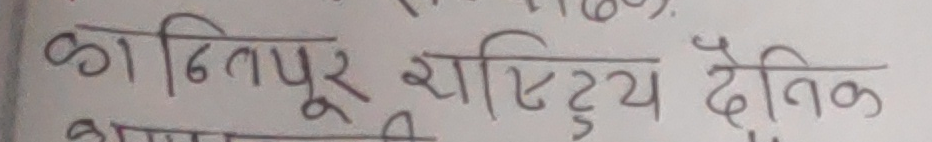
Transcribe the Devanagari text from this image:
कान्तिपुर राष्ट्रिय दैनिक